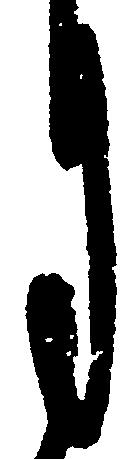
月